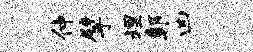
仲擘埋鄣凶